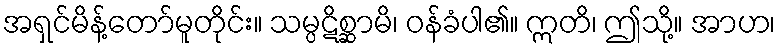
အရှင်မိန့်တော်မူတိုင်း။ သမ္ပဋိစ္ဆာမိ၊ ဝန်ခံပါ၏။ ဣတိ၊ ဤသို့။ အာဟ၊